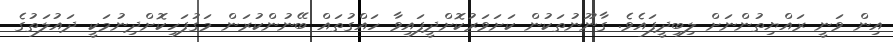
އިން ވަނީ ރައްޔިތުންނަށް ލިބިދީފައެވެ. ގާނޫނުތަކުން ކަށަވަރުކޮށްދީފައިވާ ހައްގުތައް ބޭނުންކުރަން މަގުފަހިކޮށްދިނުމަކީ ދައުލަތުގެ